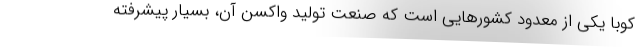
کوبا یکی از معدود کشورهایی است که صنعت تولید واکسن آن، بسیار پیشرفته